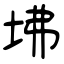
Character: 坲